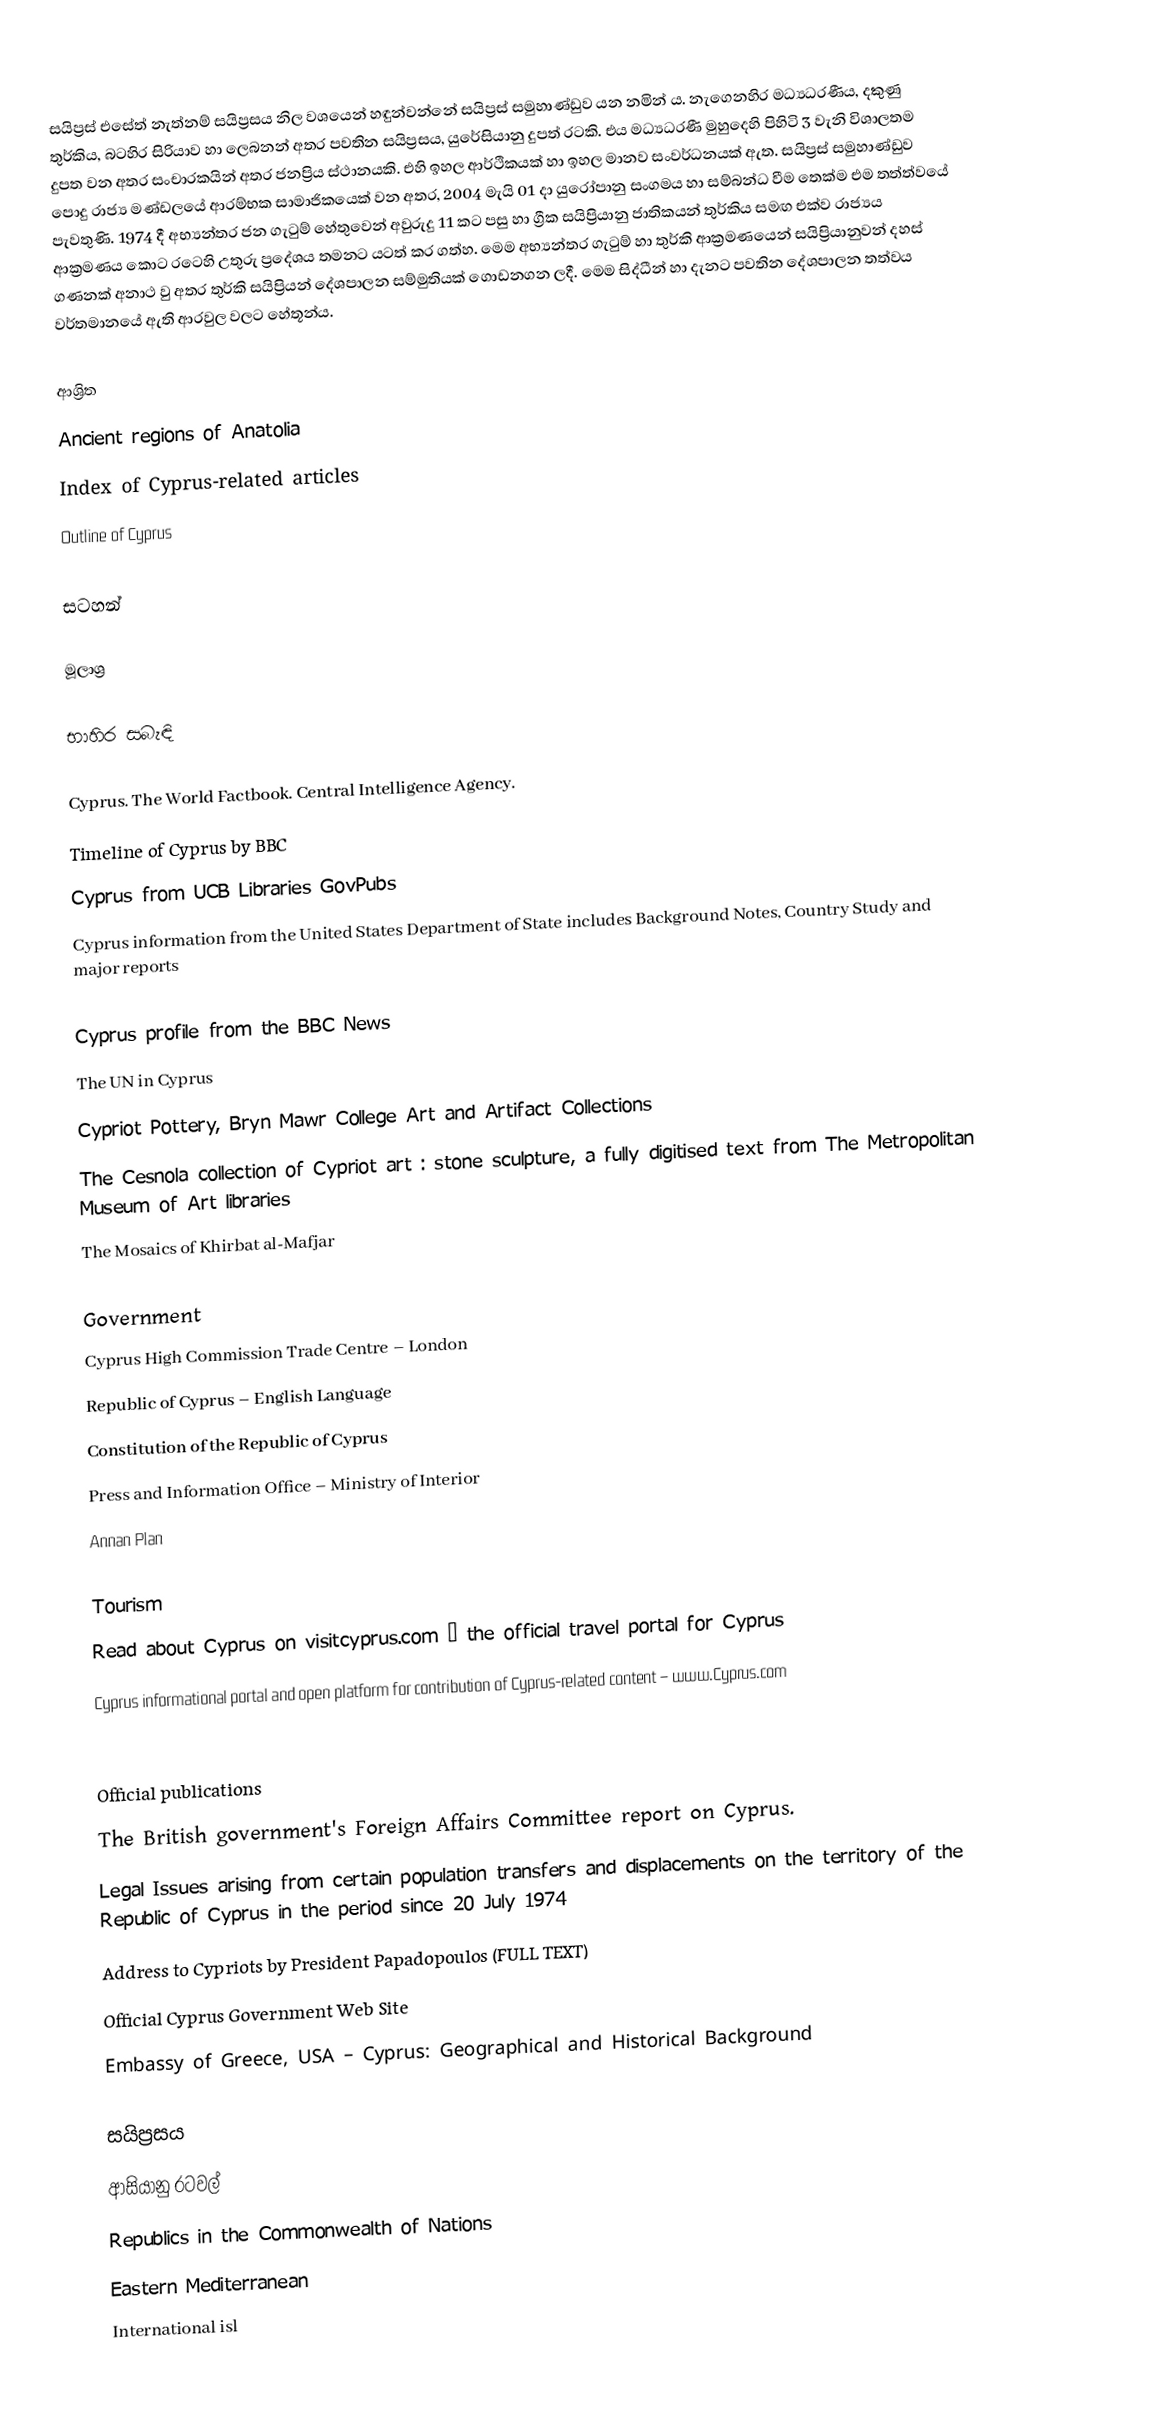
සයිප්‍රස් එසේත් නැත්නම් සයිප්‍රසය නිල වශයෙන් හඳුන්වන්නේ සයිප්‍රස් සමුහාණ්ඩුව යන නමින් ය. නැගෙනහිර මධ්‍යධරණීය, දකුණු තුර්කිය, බටහිර සිරියාව හා ලෙබනන් අතර පවතින සයිප්‍රසය, යුරේසියානු දුපත් රටකි. එය මධ්‍යධරණී මුහුදෙහි පිහිටි 3 වැනි විශාලතම දුපත වන අතර සංචාරකයින් අතර ජනප්‍රිය ස්ථානයකි. එහි ඉහල ආර්ථිකයක් හා ඉහල මානව සංවර්ධනයක් ඇත. සයිප්‍රස් සමුහාණ්ඩු‍ව ‍පොදු රාජ්‍ය මණ්ඩලයේ ආරම්භක සාමාජිකයෙක් වන අතර, 2004 මැයි 01 දා යුරෝපානු සංගමය හා සම්බන්ධ වීම තෙක්ම එම තත්ත්වයේ පැවතුණි. 1974 දී අභ්‍යන්තර ජන ගැටුම් හේතුවෙන් අවුරුදු 11 කට පසු හා ග්‍රීක සයිප්‍රියානු ජාතිකයන් තුර්කිය සමඟ එක්ව රාජ්‍යය ආක්‍රමණය කොට රටෙහි උතුරු ප්‍රදේශය තමනට යටත් කර ගත්හ. මෙම අභ්‍යන්තර ගැටුම් හා තුර්කි ආක්‍රමණයෙන් සයිප්‍රියානුවන් දහස් ගණනක් අනාථ වු අතර තුර්කි සයිප්‍රියන් දේශපාලන සම්මුතියක් ගොඩනගන ලදී. මෙම සිද්ධීන් හා දැනට පවතින දේශපාලන තත්වය වර්තමානයේ ඇති ආරවුල වලට හේතූන්ය.

ආශ්‍රිත
Ancient regions of Anatolia
Index of Cyprus-related articles
Outline of Cyprus

සටහන්

මූලාශ්‍ර

භාහිර සබැඳි

 Cyprus. The World Factbook. Central Intelligence Agency.
 Timeline of Cyprus by BBC
 Cyprus from UCB Libraries GovPubs
 Cyprus information from the United States Department of State includes Background Notes, Country Study and major reports

 Cyprus profile from the BBC News
 The UN in Cyprus
 Cypriot Pottery, Bryn Mawr College Art and Artifact Collections
 The Cesnola collection of Cypriot art : stone sculpture, a fully digitised text from The Metropolitan Museum of Art libraries
 The Mosaics of Khirbat al-Mafjar

Government
 Cyprus High Commission Trade Centre – London
 Republic of Cyprus – English Language
 Constitution of the Republic of Cyprus
 Press and Information Office – Ministry of Interior
 Annan Plan

Tourism
 Read about Cyprus on visitcyprus.com – the official travel portal for Cyprus
 Cyprus informational portal and open platform for contribution of Cyprus-related content – www.Cyprus.com

Official publications
 The British government's Foreign Affairs Committee report on Cyprus.
 Legal Issues arising from certain population transfers and displacements on the territory of the Republic of Cyprus in the period since 20 July 1974
 Address to Cypriots by President Papadopoulos (FULL TEXT)
 Official Cyprus Government Web Site
 Embassy of Greece, USA – Cyprus: Geographical and Historical Background

සයිප්‍රසය
ආසියානු රටවල්
Republics in the Commonwealth of Nations
Eastern Mediterranean
International isl